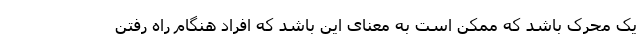
یک محرک باشد که ممکن است به معنای این باشد که افراد هنگام راه رفتن